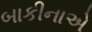
બાકીનાએ